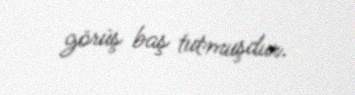
görüş baş tutmuşdur.